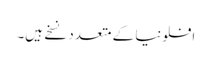
افلونیا کے متعدد نسخے ہیں۔